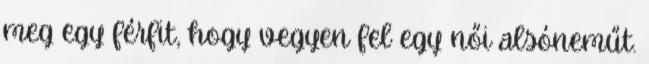
meg egy férfit, hogy vegyen fel egy női alsóneműt.